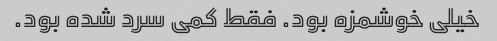
خیلی خوشمزه بود. فقط کمی سرد شده بود.